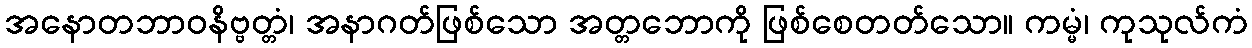
အနောတဘာဝနိဗ္ဗတ္တံ၊ အနာဂတ်ဖြစ်သော အတ္တဘောကို ဖြစ်စေတတ်သော။ ကမ္မံ၊ ကုသုလ်ကံ